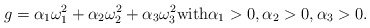
\begin{align*}g=\alpha_{1} \omega^{2}_{1} + \alpha_{2} \omega^{2}_{2} + \alpha_{3} \omega^{2}_{3} {\rm with} \alpha_{1} > 0,\alpha_{2}> 0,\alpha_{3}> 0.\end{align*}